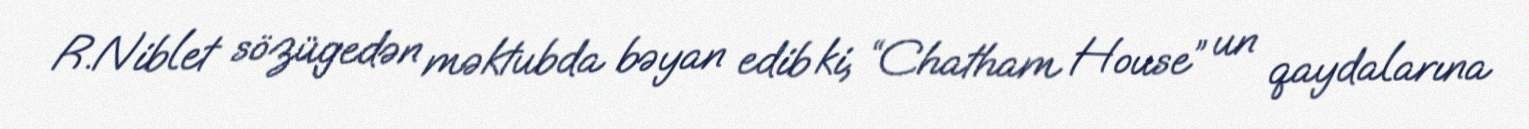
R.Niblet sözügedən məktubda bəyan edib ki, “Chatham House” un qaydalarına